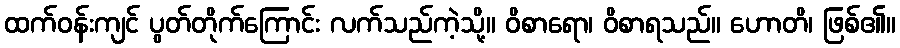
ထက်ဝန်းကျင် ပွတ်တိုက်ကြောင်း လက်သည်ကဲ့သို့။ ဝိစာရော၊ ဝိစာရသည်။ ဟောတိ၊ ဖြစ်၏။